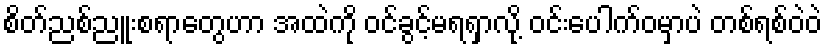
စိတ်ညစ်ညူးစရာတွေဟာ အထဲကို ဝင်ခွင့်မရရှာလို့ ဝင်းပေါက်ဝမှာပဲ တစ်ရစ်ဝဲဝဲ